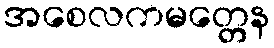
အစေလကမတ္တေန